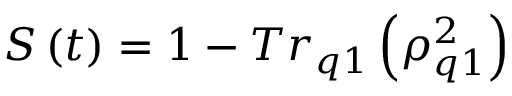
S \left( t \right) = 1 - T r _ { q 1 } \left( \rho _ { q 1 } ^ { 2 } \right)